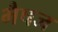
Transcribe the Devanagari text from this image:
भैषज